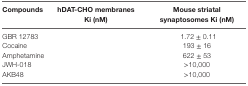
<table><thead><tr><td><b>Compounds</b></td><td><b>hDAT-CHO membranes Ki (nM)</b></td><td><b>Mouse striatal synaptosomes Ki (nM)</b></td></tr></thead><tbody><tr><td>GBR 12783</td><td>[EMPTY_CELL]</td><td>1.72 ± 0.11</td></tr><tr><td>Cocaine</td><td>[EMPTY_CELL]</td><td>193 ± 16</td></tr><tr><td>Amphetamine</td><td>[EMPTY_CELL]</td><td>622 ± 53</td></tr><tr><td>JWH-018</td><td>[EMPTY_CELL]</td><td>&gt;10,000</td></tr><tr><td>AKB48</td><td>[EMPTY_CELL]</td><td>&gt;10,000</td></tr></tbody></table>